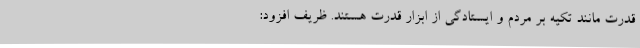
قدرت مانند تکیه بر مردم و ایستادگی از ابزار قدرت هستند. ظریف افزود: